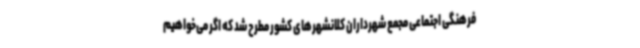
فرهنگی اجتماعی مجمع شهرداران کلانشهرهای کشور مطرح شد که اگر می‌خواهیم